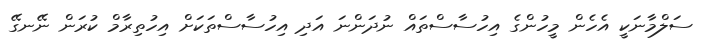
ސަލްމާނަކީ އެހެން މީހުންގެ އިހުސާސްތައް ނުދަންނަ އަދި އިހުސާސްތަކަށް އިހުތިރާމް ކުރަން ނޭނގޭ